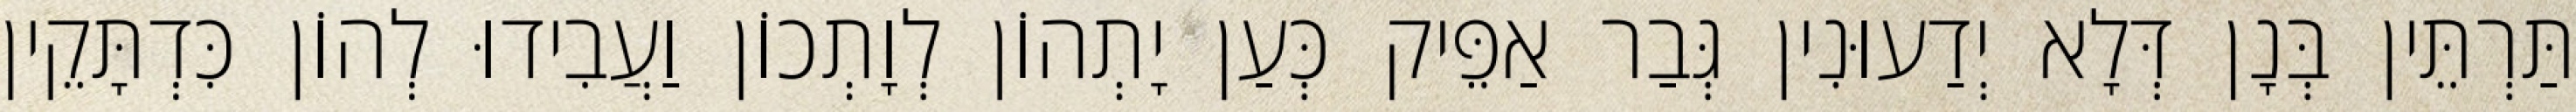
תַּרְתֵּין בְּנָן דְּלָא יְדַעוּנִין גְּבַר אַפֵּיק כְּעַן יָתְהוֹן לְוָתְכוֹן וַעֲבִידוּ לְהוֹן כִּדְתָּקֵין